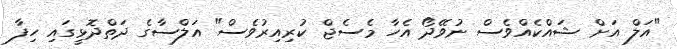
"އަލް އަށް ޝައްކެއްވެސް ނުވޭދޯ އެހާ މެސެޖް ކުރިއިރުވެސް" އަލްސާގެ ދަތްދޮޅީގައި ހިފާ